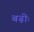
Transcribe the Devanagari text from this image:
बढ़ीः